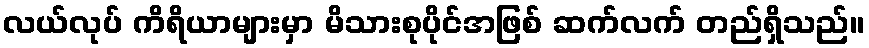
လယ်လုပ် ကိရိယာများမှာ မိသားစုပိုင်အဖြစ် ဆက်လက် တည်ရှိသည်။